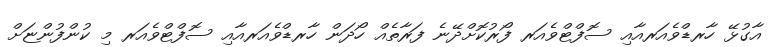
އާގުޅޭ ހާރޑްވެއަރއާއި ސޮފްޓްވެއަރ ފޯރުކޮށްދޭނެ ފަރާތެއް ހޯދަން ހާރޑްވެއަރއާއި ސޮފްޓްވެއަރ މި ކުންފުންޏަށް